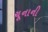
ચૂનાની